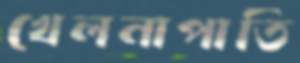
খেলনাপাতি